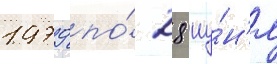
1979 по́ 28 иу́н'я